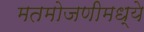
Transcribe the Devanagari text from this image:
मतमोजणीमध्ये